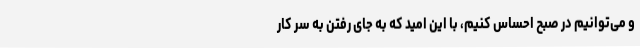
و می‌توانیم در صبح احساس کنیم، با این امید که به جای رفتن به سر کار